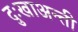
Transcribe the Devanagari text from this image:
दुःखाअन्ती